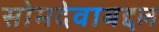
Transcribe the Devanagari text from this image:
सोमदेवाबद्दल